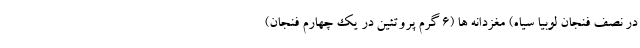
در نصف فنجان لوبیا سیاه) مغزدانه ها (6 گرم پروتئین در یک چهارم فنجان)